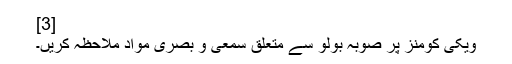
[3]
ویکی کومنز پر صوبہ بولو سے متعلق سمعی و بصری مواد ملاحظہ کریں۔